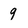
Character: 9